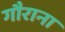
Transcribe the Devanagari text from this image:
गौराना